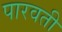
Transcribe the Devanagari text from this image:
पारवती